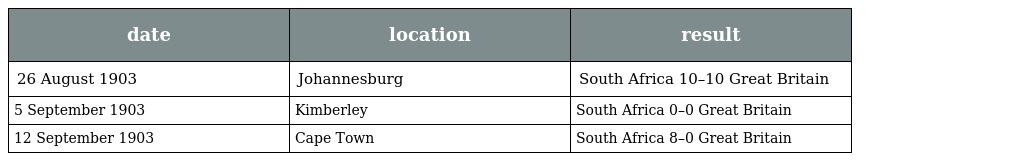
| date | location | result |
 | --- | --- | --- |
 | 26 August 1903 | Johannesburg | South Africa 10–10 Great Britain |
 | 5 September 1903 | Kimberley | South Africa 0–0 Great Britain |
 | 12 September 1903 | Cape Town | South Africa 8–0 Great Britain |